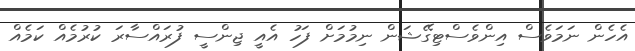
އެހެން ނަމަވެސް އިންވެސްޓިގޭޝަން ނިމުމަށް ފަހު އެއީ ޖިންސީ ފުރައްސާރަ ކުރުމެއް ކަމެއް